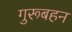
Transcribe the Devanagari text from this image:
गुरूबहन